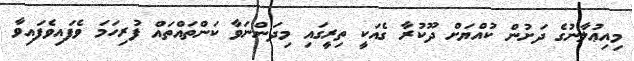
މިއިޢުލާނުގެ ދަށުން ކުއްޔަށް ދޫކުރާ ގެއަކީ ތިރީގައި މިދަންނަވާ ކަންތައްތައް ފުރިހަމަ ވެފައިވެފައިވާ